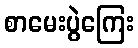
စာမေးပွဲကြေး